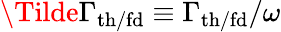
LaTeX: \Tilde{\Gamma}_{\mathrm{th/fd}}\equiv\Gamma_{\mathrm{th/fd}}/\omega